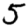
Digit: 5